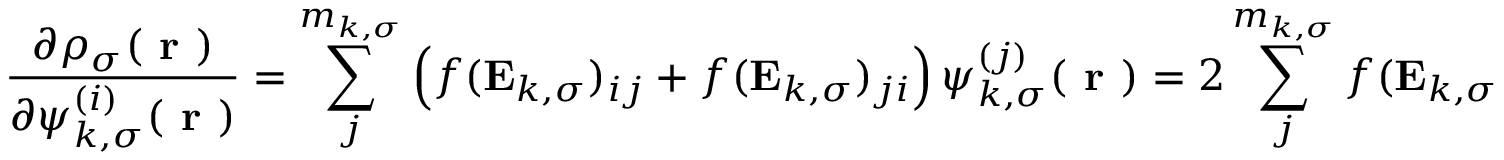
\frac { \partial \rho _ { \sigma } ( \boldsymbol { \textbf { r } } ) } { \partial \psi _ { k , \sigma } ^ { ( i ) } ( \boldsymbol { \textbf { r } } ) } = \sum _ { j } ^ { m _ { k , \sigma } } \left( f ( \mathbf { E } _ { k , \sigma } ) _ { i j } + f ( \mathbf { E } _ { k , \sigma } ) _ { j i } \right) \psi _ { k , \sigma } ^ { ( j ) } ( \boldsymbol { \textbf { r } } ) = 2 \sum _ { j } ^ { m _ { k , \sigma } } f ( \mathbf { E } _ { k , \sigma } ) _ { i j } \psi _ { k , \sigma } ^ { ( j ) } ( \boldsymbol { \textbf { r } } ) \, ,